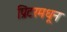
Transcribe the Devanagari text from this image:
प्रिंटरमधून